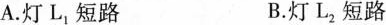
A.灯L_{1}短路 B.灯L_{2}短路